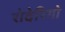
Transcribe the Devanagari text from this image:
रोदेरिगो